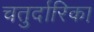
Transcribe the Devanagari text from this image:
चतुर्दारिका